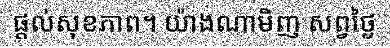
ផ្តល់សុខភាព។ យ៉ាងណាមិញ សព្វថ្ងៃ